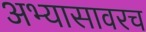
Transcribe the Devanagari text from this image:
अभ्यासावरच